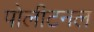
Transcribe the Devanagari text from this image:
पोलीटनल